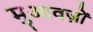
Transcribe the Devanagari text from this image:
मुआवज़ों